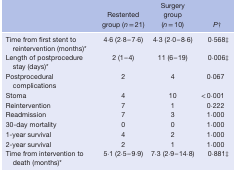
<table><thead><tr><td></td><td><b>Restented group (<i>n</i> = 21)</b></td><td><b>Surgery group (<i>n</i> = 10)</b></td><td><b><i>P</i>†</b></td></tr></thead><tbody><tr><td>Time from first stent to reintervention (months)*</td><td>4·6 (2·8–7·6)</td><td>4·3 (2·0–8·6)</td><td>0·568‡</td></tr><tr><td>Length of postprocedure stay (days)*</td><td>2 (1–4)</td><td>11 (6–19)</td><td>0·006‡</td></tr><tr><td>Postprocedural complications</td><td>2</td><td>4</td><td>0·067</td></tr><tr><td>Stoma</td><td>4</td><td>10</td><td>&lt; 0·001</td></tr><tr><td>Reintervention</td><td>7</td><td>1</td><td>0·222</td></tr><tr><td>Readmission</td><td>7</td><td>3</td><td>1·000</td></tr><tr><td>30‐day mortality</td><td>0</td><td>0</td><td>1·000</td></tr><tr><td>1‐year survival</td><td>4</td><td>2</td><td>1·000</td></tr><tr><td>2‐year survival</td><td>2</td><td>1</td><td>1·000</td></tr><tr><td>Time from intervention to death (months)*</td><td>5·1 (2·5–9·9)</td><td>7·3 (2·9–14·8)</td><td>0·881‡</td></tr></tbody></table>